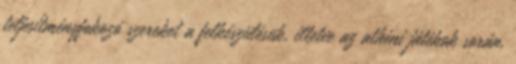
teljesítményfokozó szereket a felkészülésük, illetve az athéni játékok során.